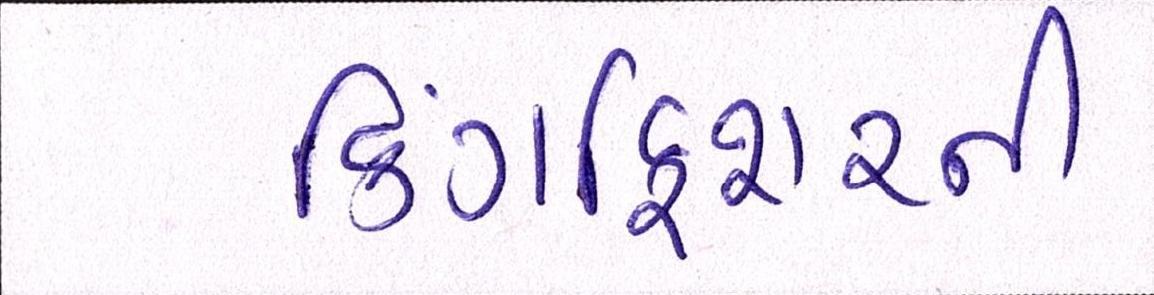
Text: કિંગફિશરની